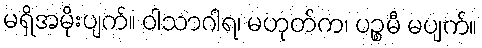
မရှိအမိုးပျက်။ ဝါသာဂါရ၊ မဟုတ်က၊ ပဉ္စမီ မပျက်။